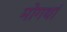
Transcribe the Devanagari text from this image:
मोगथां